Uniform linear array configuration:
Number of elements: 12
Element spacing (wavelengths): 0.25
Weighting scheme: exponential
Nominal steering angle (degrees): -60
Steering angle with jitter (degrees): -58.027
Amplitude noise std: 0.05
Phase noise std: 0.05

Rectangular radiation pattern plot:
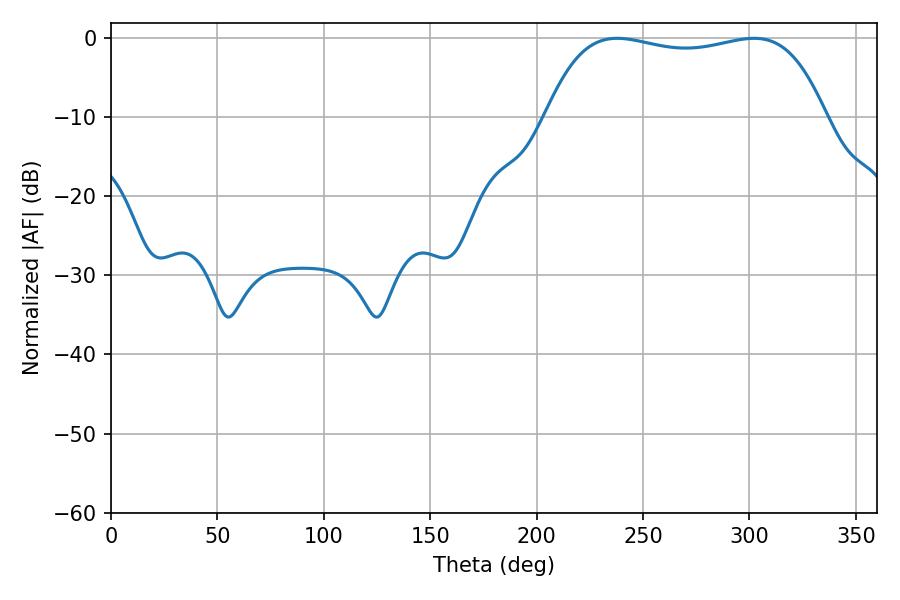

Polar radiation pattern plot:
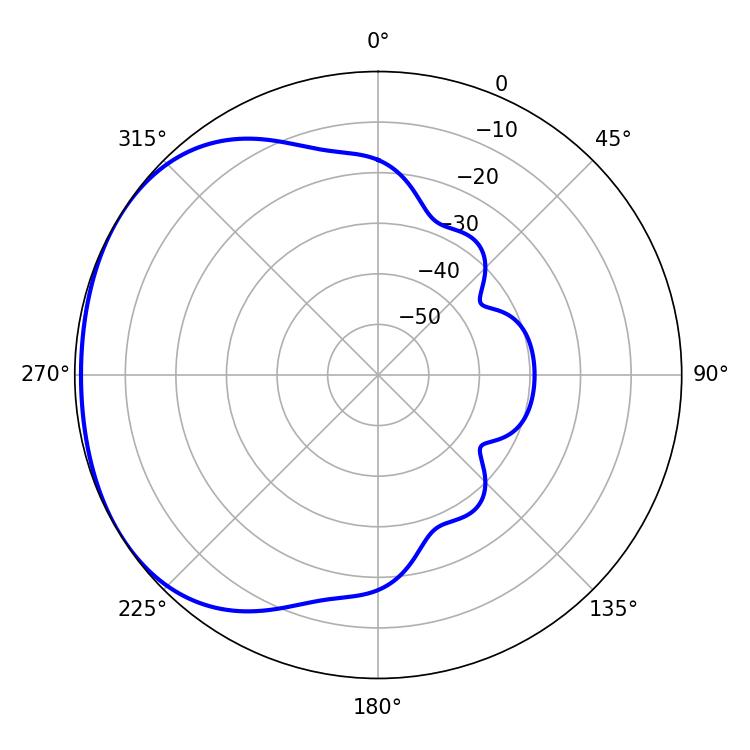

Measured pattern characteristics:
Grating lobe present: FALSE
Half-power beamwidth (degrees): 105.12
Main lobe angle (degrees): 237.78